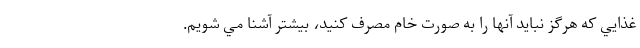
غذايي كه هرگز نبايد آنها را به صورت خام مصرف كنيد، بيشتر آشنا مي شويم.